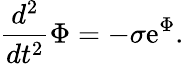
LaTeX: \frac{d^{2}}{dt^{2}}\Phi=-\sigma\mathrm{e}^{\Phi}.